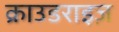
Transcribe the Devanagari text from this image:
क्राउडराइज़